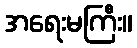
အရေးမကြီး။